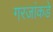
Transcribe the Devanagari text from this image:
गरजांकडे